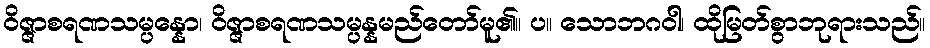
ဝိဇ္ဇာစရဏသမ္ပန္နော၊ ဝိဇ္ဇာစရဏသမ္ပန္နမည်တော်မူ၏။ ပ။ သောဘဂဝါ၊ ထိုမြတ်စွာဘုရားသည်။